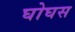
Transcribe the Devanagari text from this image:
घोघस